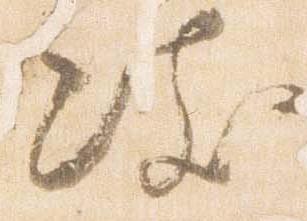
妓